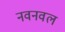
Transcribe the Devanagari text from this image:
नवनवल